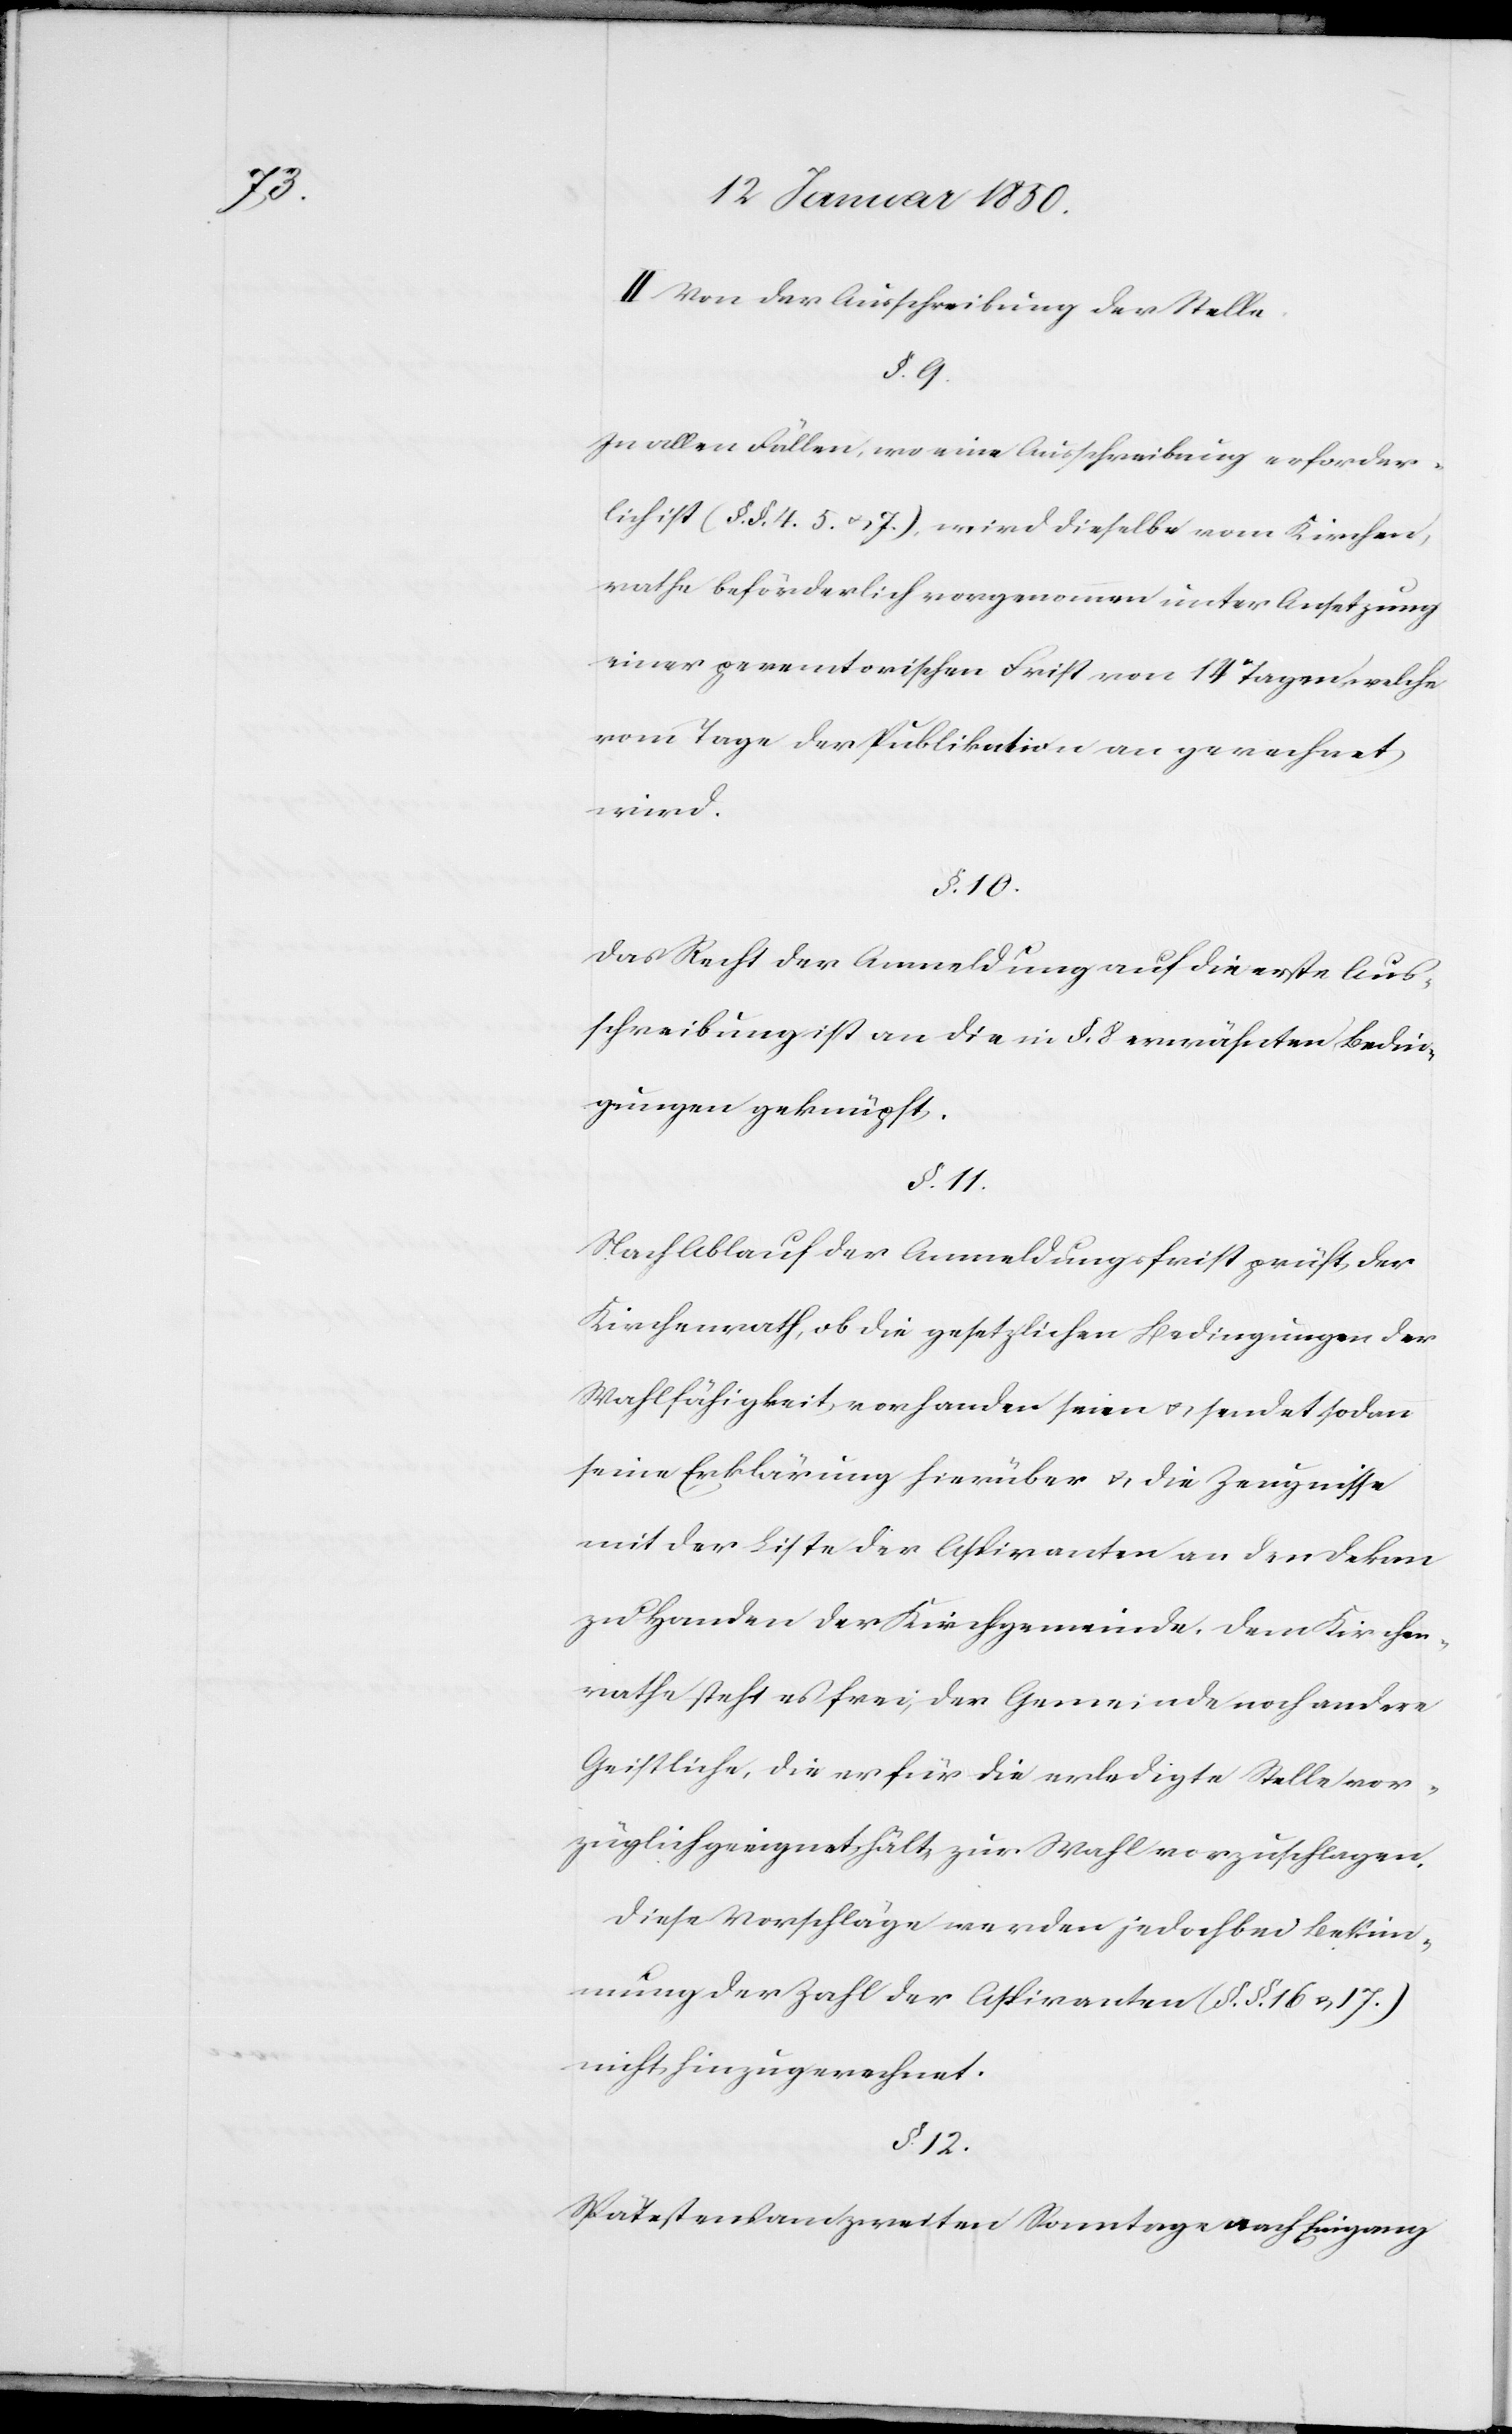
II Von der Ausschreibung der Stelle.
§. 9.
In allen Fällen, wo eine Ausschreibung erforder¬
lich ist (§. §. 4.[,] 5. u. 7.) wird dieselbe vom Kirchen¬
rathe beförderlich vorgenommen unter Ansetzung
einer peremtorischen Frist von 14 Tagen, welche
vom Tage der Publikation an gerechnet
wird.
§. 10.
Das Recht der Anmeldung auf die erste Aus¬
schreibung ist an die in §. 8. erwähnten Bedin¬
gungen geknüpft.
§. 11.
Nach Ablauf der Anmeldungsfrist prüft der
Kirchenrath, ob die gesetzlichen Bedingungen der
Wahlfähigkeit vorhanden seien u. sendet sodann
seine Erklärung hierüber u. die Zeugnisse
mit der Bitte der Aspiranten an den Dekan
zu Handen der Kirchgemeinde, dem Kirchen¬
rathe steht es frei, der Gemeinde noch andere
Geistliche, die er für die erledigte Stelle vor¬
züglich geeignet hält, zur Wahl vorzuschlagen.
Diese Vorschläge werden jedoch bei Bestim¬
mung der Zahl der Aspiranten (§. §. 16 u. 17.)
nicht hinzugerechnet.
§. 12.
Spätestens am zweiten Sonntage nach Eingang